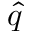
\Hat { q }